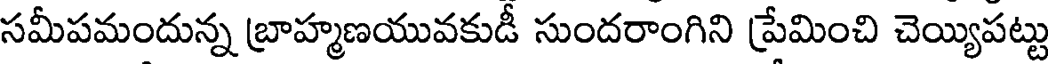
సమీపమందున్న బ్రాహ్మణయువకుడీ సుందరాంగిని ప్రేమించి చెయ్యిపట్టు